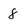
Character: 8